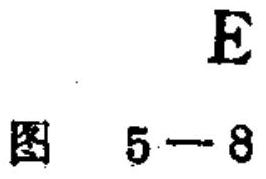
E
图 \(5 - 8\)